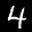
Label: 4